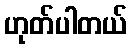
ဟုတ်ပါတယ်